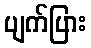
ပျက်ပြား